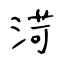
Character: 渮